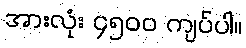
အားလုံး ၄၅၀၀ ကျပ်ပါ။